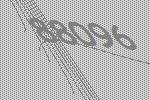
88096